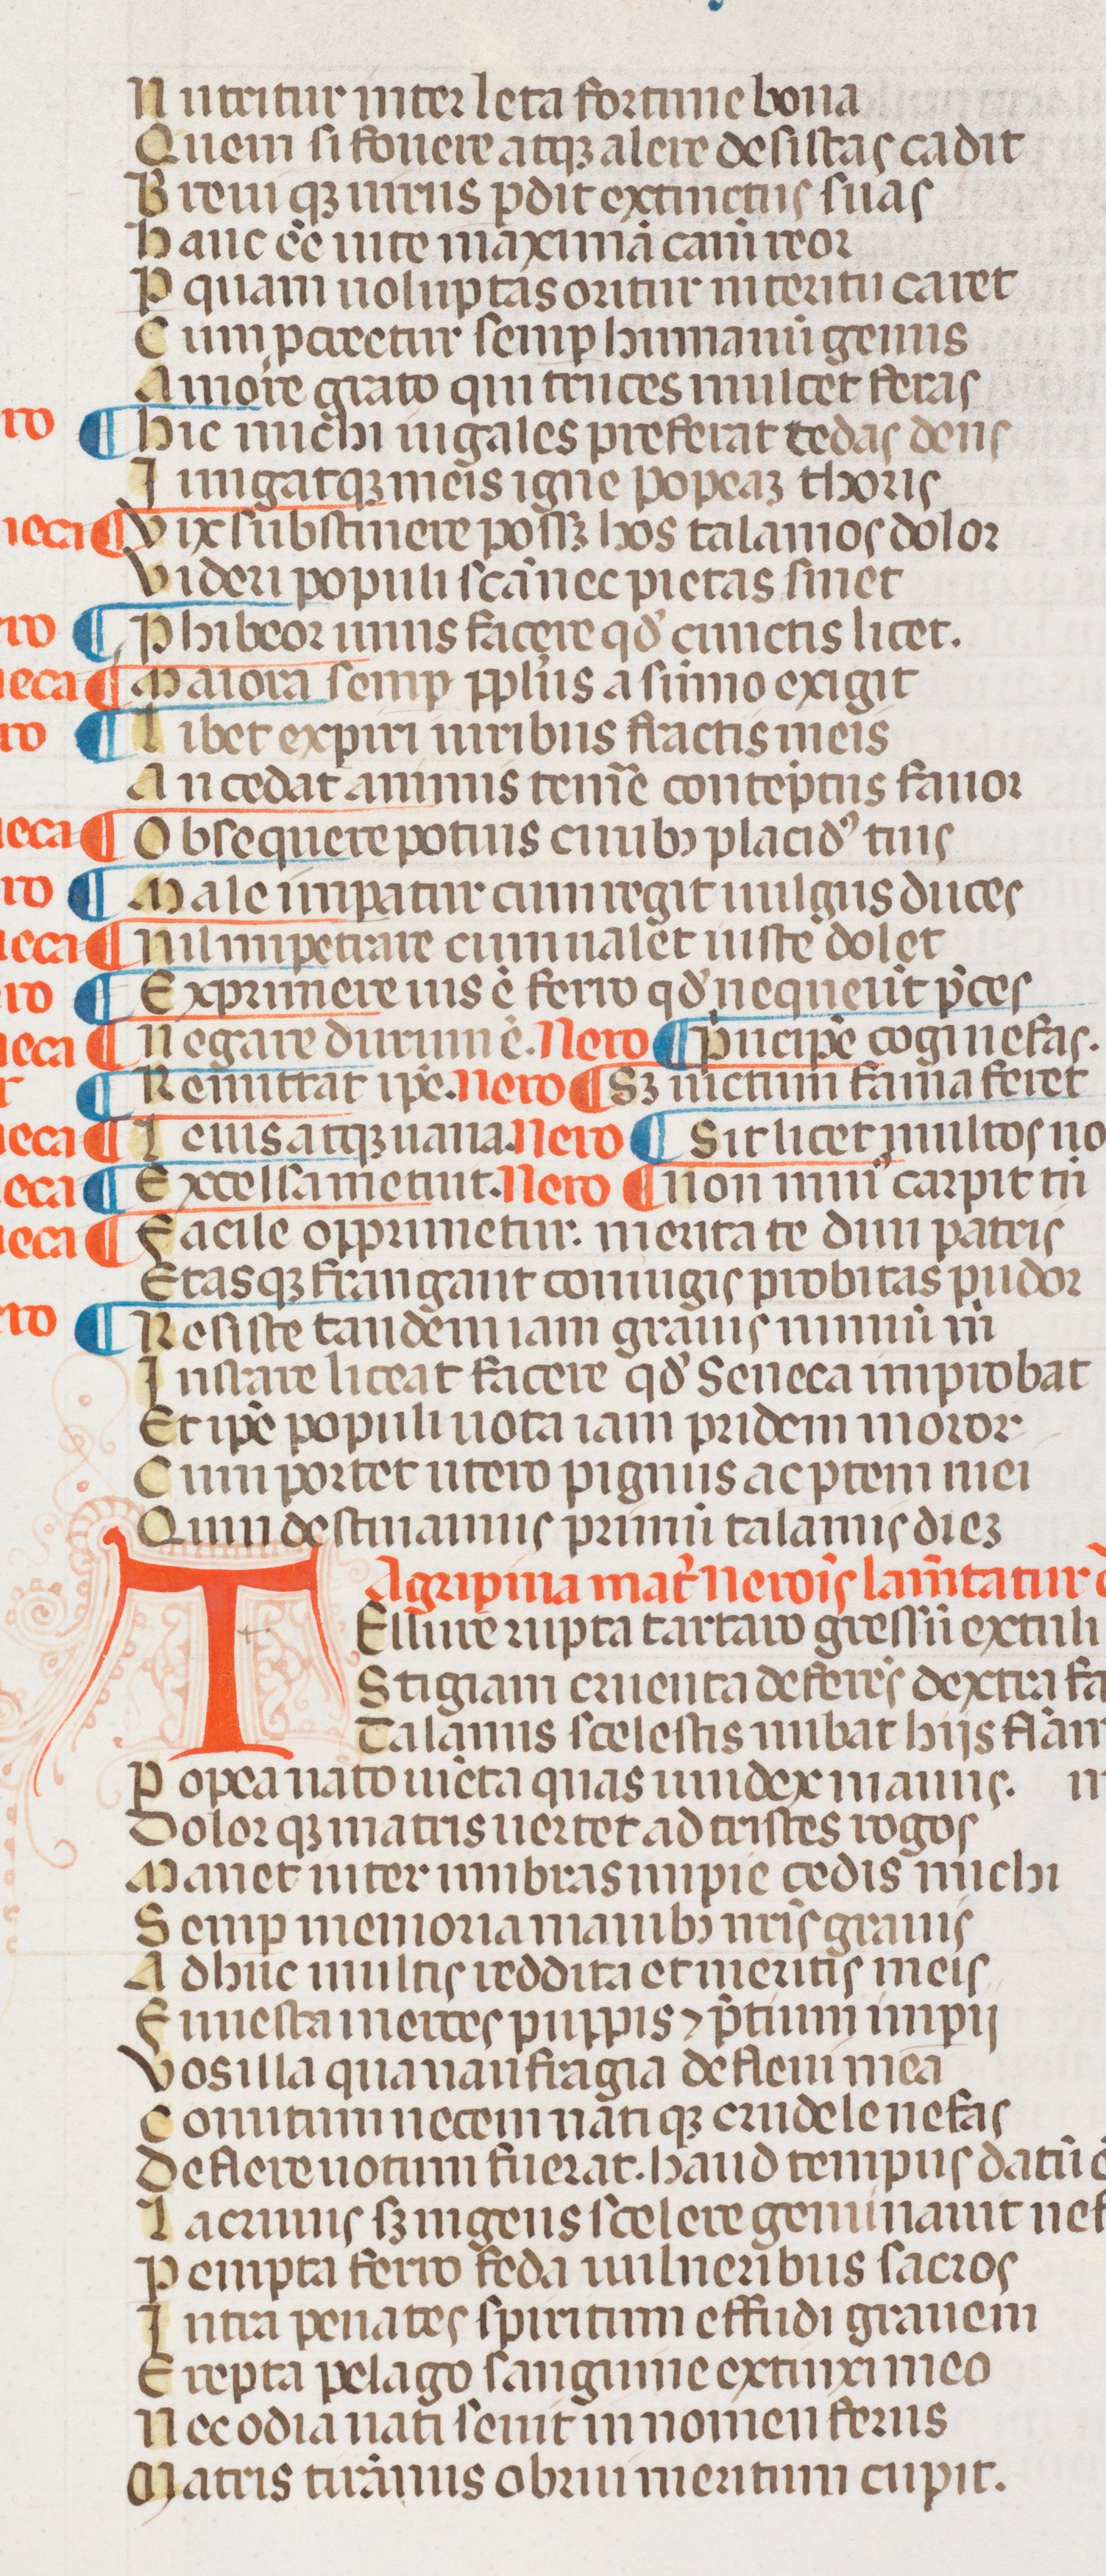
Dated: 1300–1399